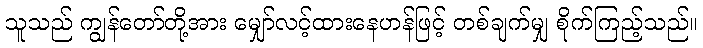
သူသည် ကျွန်တော်တို့အား မျှော်လင့်ထားနေဟန်ဖြင့် တစ်ချက်မျှ စိုက်ကြည့်သည်။